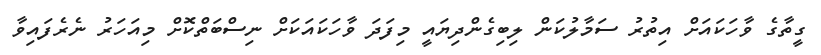
ގީތާގެ ވާހަކައަށް އިތުރު ސަމާލުކަން ލިބިގެންދިޔައީ މިފަދަ ވާހަކައަކަށް ނިސްބަތްކޮށް މިއަހަރު ނެރެފައިވާ